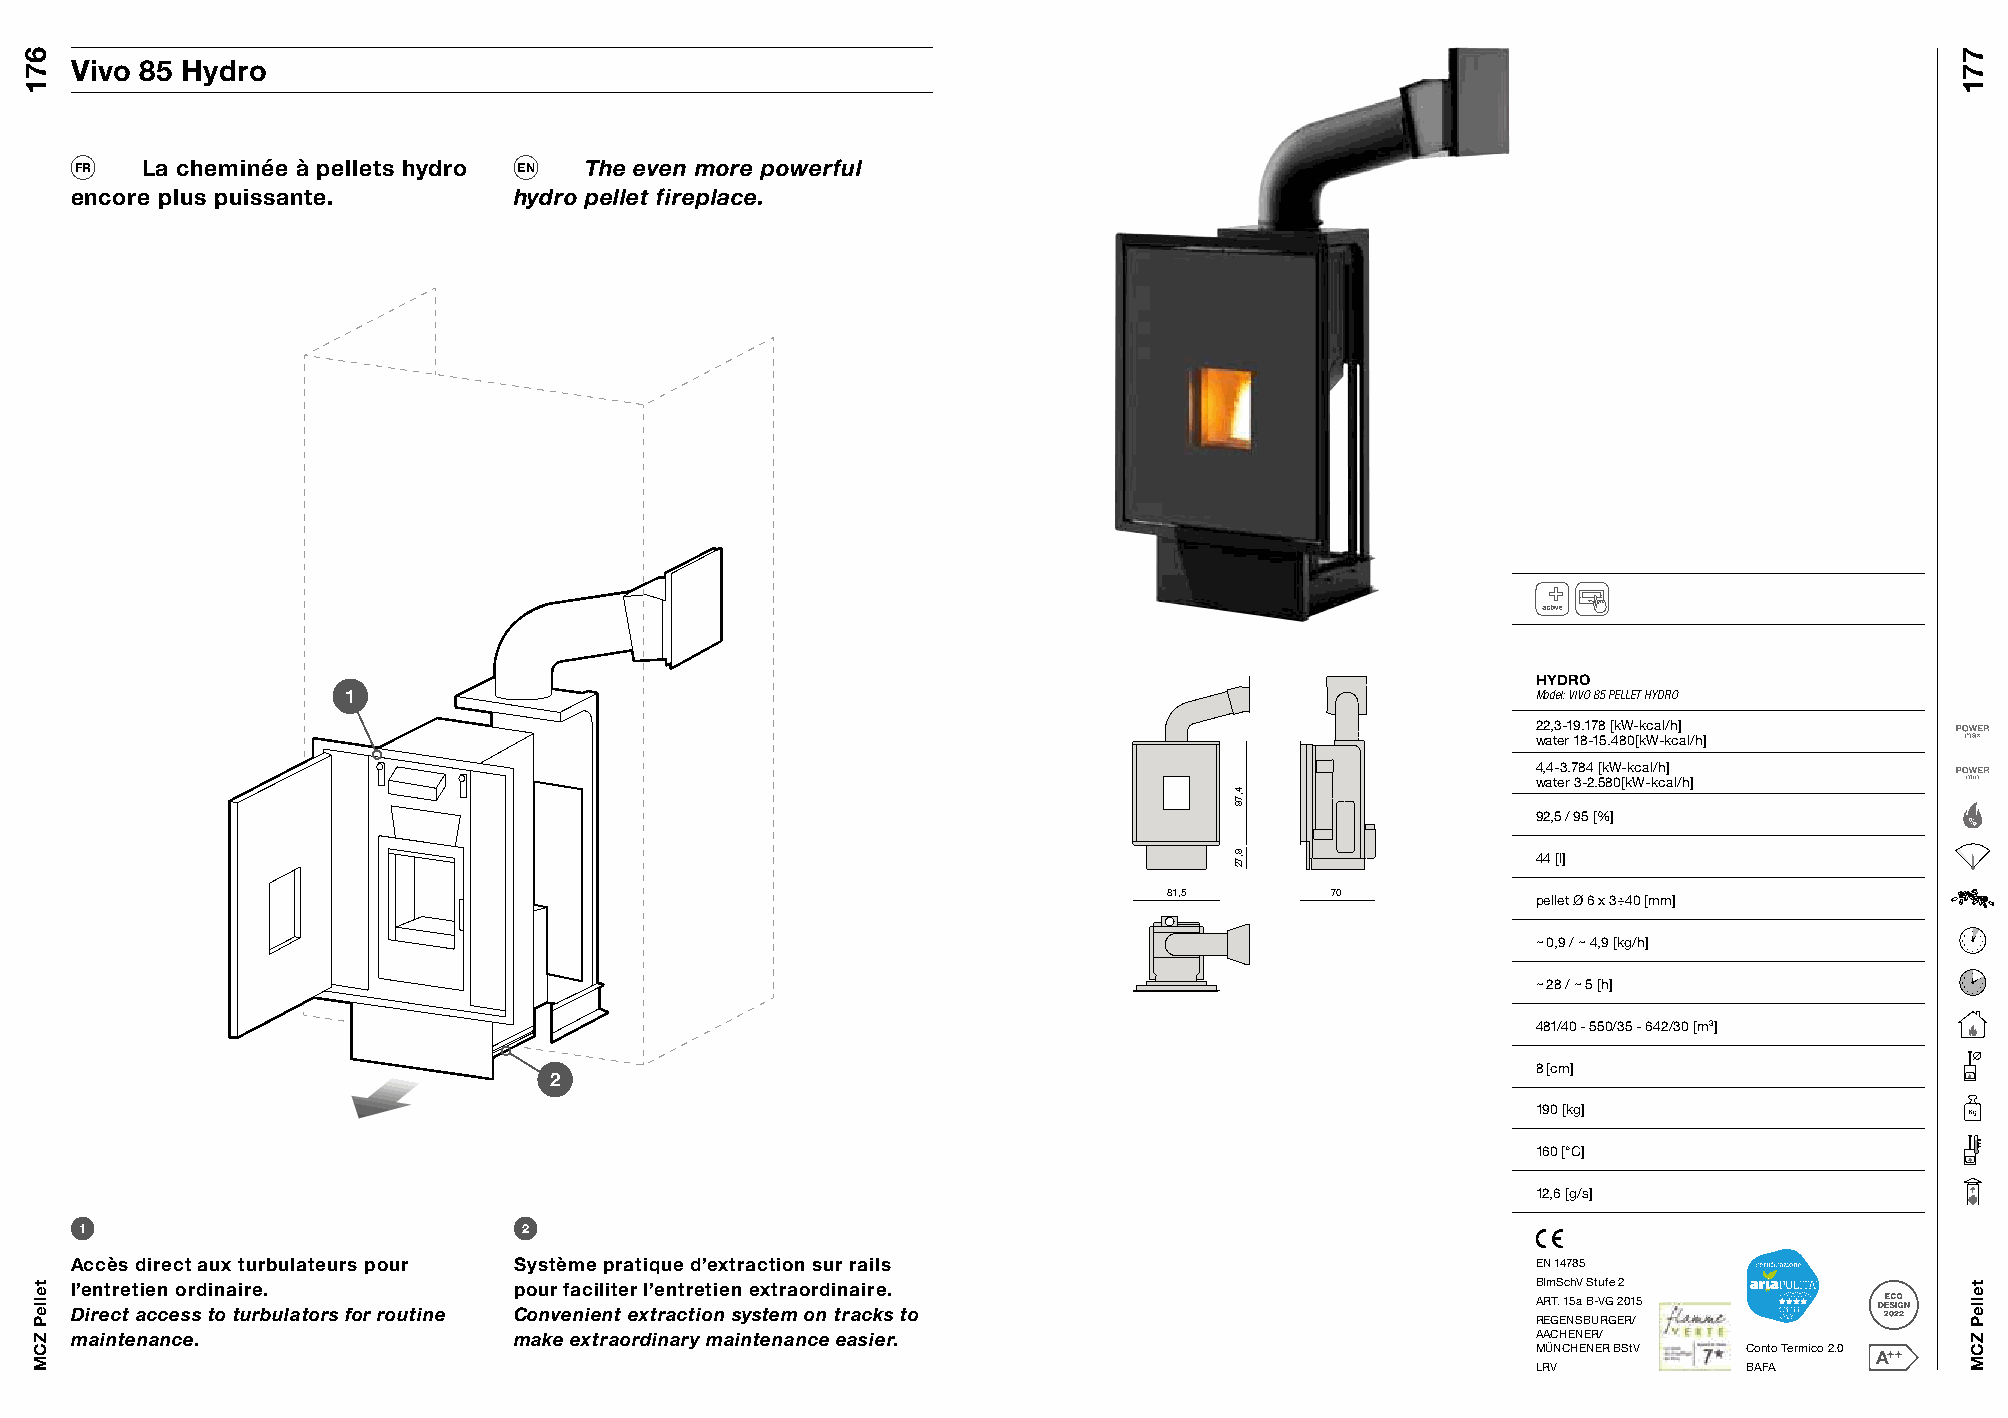
Vivo 85 Hydro
 FR  La cheminée à pellets hydro EN The even more powerful
 encore plus puissante.       hydro pellet fireplace.
 HYDRO
 1                                                                              Model: VIVO 85 PELLET HYDRO
 22,3-19.178 [kW-kcal/h]
 water 18-15.480[kW-kcal/h]
 4,4-3.784 [kW-kcal/h]
 water 3-2.580[kW-kcal/h]
 92,5 / 95 [%]
 44 [l]
 81,5       70
 pellet Ø 6 x 3÷40 [mm]
 ~ 0,9 / ~ 4,9 [kg/h]        91 801 711 62 512 43
 ~ 28 / ~ 5 [h]              91 801 711 62 512 43
 481/40 - 550/35 - 642/30 [m3]
 2                                                                 8 [cm]
 190 [kg]
 160 [°C]
 12,6 [g/s]
 1                             2
 Accès direct aux turbulateurs pour Système pratique d’extraction sur rails                       E N 14785
 l’entretien ordinaire.       pour faciliter l’entretien extraordinaire.                          B ImSchV Stufe 2
 ART. 15a B-VG 2015
 Direct access to turbulators for routine Convenient extraction system on tracks to
 REGENSBURGER/
 maintenance.                 make extraordinary maintenance easier.                              AACHENER/
 MÜNCHENER BStV Conto Termico 2.0
 LRV           BAFA
 671
 telleP
 ZCM
 4,79
 9,72
 771
 telleP
 ZCM